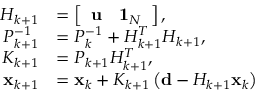
\begin{array} { r l } { H _ { k + 1 } } & { = \left[ \begin{array} { l l } { { \bf u } } & { { \bf 1 } _ { N } } \end{array} \right] , } \\ { P _ { k + 1 } ^ { - 1 } } & { = P _ { k } ^ { - 1 } + H _ { k + 1 } ^ { T } H _ { k + 1 } , } \\ { K _ { k + 1 } } & { = P _ { k + 1 } H _ { k + 1 } ^ { T } , } \\ { { \bf x } _ { k + 1 } } & { = { \bf x } _ { k } + K _ { k + 1 } \left( { \bf d } - H _ { k + 1 } { \bf x } _ { k } \right) } \end{array}